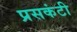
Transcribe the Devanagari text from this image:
प्रसकंटी